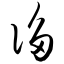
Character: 谄